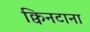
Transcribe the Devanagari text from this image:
क्विनटाना